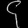
Digit: ၄